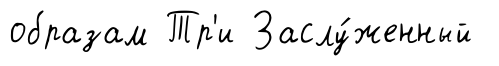
образам Тр'и Заслу́женный